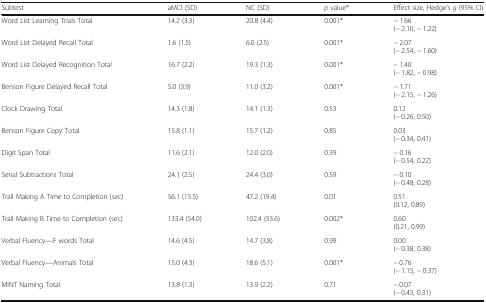
<table><thead><tr><td><b>Subtest</b></td><td><b>aMCI (SD)</b></td><td><b>NC (SD)</b></td><td><b><i>p</i> value*</b></td><td><b>Effect size, Hedge’s <i>g</i> (95% CI)</b></td></tr></thead><tbody><tr><td>Word List Learning Trials Total</td><td>14.2 (3.3)</td><td>20.8 (4.4)</td><td>0.001*</td><td>− 1.66(− 2.10, − 1.22}</td></tr><tr><td>Word List Delayed Recall Total</td><td>1.6 (1.5)</td><td>6.0 (2.5)</td><td>0.001*</td><td>− 2.07(− 2.54, − 1.60)</td></tr><tr><td>Word List Delayed Recognition Total</td><td>16.7 (2.2)</td><td>19.3 (1.3)</td><td>0.001*</td><td>− 1.40(− 1.82, − 0.98)</td></tr><tr><td>Benson Figure Delayed Recall Total</td><td>5.0 (3.9)</td><td>11.0 (3.2)</td><td>0.001*</td><td>− 1.71(− 2.15, − 1.26)</td></tr><tr><td>Clock Drawing Total</td><td>14.3 (1.8)</td><td>14.1 (1.3)</td><td>0.53</td><td>0.12(− 0.26, 0.50)</td></tr><tr><td>Benson Figure Copy Total</td><td>15.8 (1.1)</td><td>15.7 (1.2)</td><td>0.85</td><td>0.03(− 0.34, 0.41)</td></tr><tr><td>Digit Span Total</td><td>11.6 (2.1)</td><td>12.0 (2.0)</td><td>0.39</td><td>− 0.16(− 0.54, 0.22)</td></tr><tr><td>Serial Subtractions Total</td><td>24.1 (2.5)</td><td>24.4 (3.0)</td><td>0.59</td><td>− 0.10(− 0.48, 0.28)</td></tr><tr><td>Trail Making A Time to Completion (sec)</td><td>56.1 (15.5)</td><td>47.2 (19.4)</td><td>0.01</td><td>0.51(0.12, 0.89)</td></tr><tr><td>Trail Making B Time to Completion (sec)</td><td>135.4 (54.0)</td><td>102.4 (55.6)</td><td>0.002*</td><td>0.60(0.21, 0.99)</td></tr><tr><td>Verbal Fluency—F words Total</td><td>14.6 (4.5)</td><td>14.7 (3.8)</td><td>0.99</td><td>0.00(− 0.38, 0.38)</td></tr><tr><td>Verbal Fluency—Animals Total</td><td>15.0 (4.3)</td><td>18.6 (5.1)</td><td>0.001*</td><td>− 0.76(− 1.15, − 0.37)</td></tr><tr><td>MINT Naming Total</td><td>13.8 (1.3)</td><td>13.9 (2.2)</td><td>0.71</td><td>− 0.07(− 0.45, 0.31)</td></tr></tbody></table>